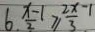
6 . \frac { x - 1 } { 2 } \geq \frac { 2 x - 1 } { 3 }